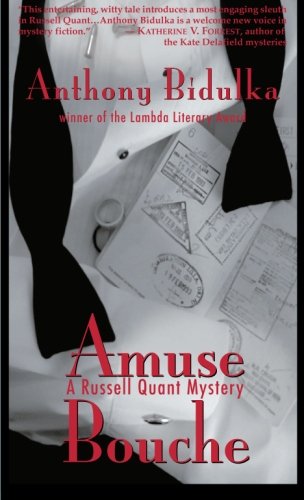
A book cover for Amuse Bouche (Russell Quant Mysteries); Anthony Bidulka; Literature & Fiction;